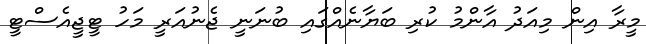
މީރާ އިން މިއަދު އާންމު ކުރި ބަޔާނެއްގައި ބުނަނީ ޖެނުއަރީ މަހު ޓީޖީއެސްޓީ